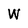
Character: W